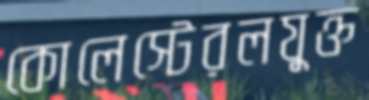
কোলেস্টেরলযুক্ত